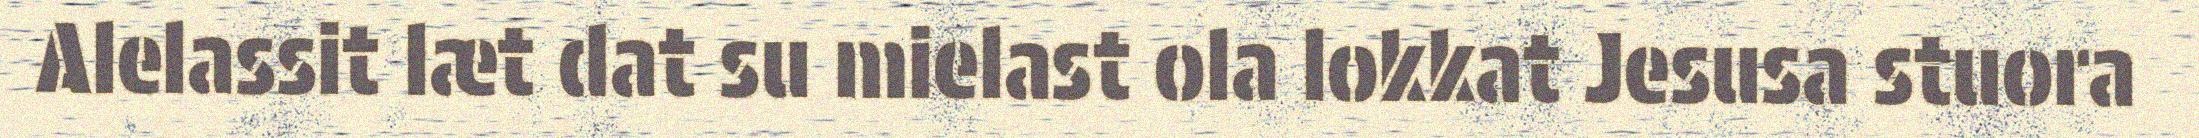
Alelassit læt dat su mielast ola lokkat Jesusa stuora